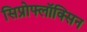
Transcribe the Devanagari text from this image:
सिप्रोफ्लॉक्सिन